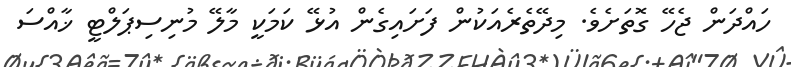
ހައްދަން ޖެހޭ ގޮތަށެވެ. މިދޭތެރެއަކުން ފަށައިގެން އުޅޭ ކަމަކީ މާލޭ މުނިސިޕަލްޓީ ޚާއްސަ